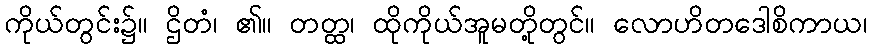
ကိုယ်တွင်း၌။ ဌိတံ၊ ၏။ တတ္ထ၊ ထိုကိုယ်အူမတို့တွင်။ လောဟိတဒေါစိကာယ၊